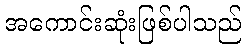
အကောင်းဆုံးဖြစ်ပါသည်